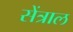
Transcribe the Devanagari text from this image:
सेंत्राल